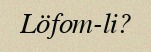
Löfom-li?